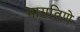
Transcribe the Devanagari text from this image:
मागविणे